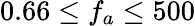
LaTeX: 0.66\leq f_{a}\leq 500